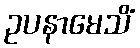
ဥပနာမေသိံ